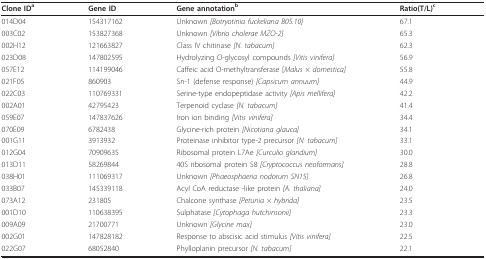
<table><thead><tr><td><b>Clone ID<sup>a</sup></b></td><td><b>Gene ID</b></td><td><b>Gene annotation<sup>b</sup></b></td><td><b>Ratio(T/L)<sup>c</sup></b></td></tr></thead><tbody><tr><td>014D04</td><td>154317162</td><td>Unknown <i>[Botryotinia fuckeliana B05.10]</i></td><td>67.1</td></tr><tr><td>003C02</td><td>153827368</td><td>Unknown <i>[Vibrio cholerae MZO-2]</i></td><td>65.3</td></tr><tr><td>002H12</td><td>121663827</td><td>Class IV chitinase <i>[N. tabacum]</i></td><td>62.3</td></tr><tr><td>023D08</td><td>147802595</td><td>Hydrolyzing O-glycosyl compounds <i>[Vitis vinifera]</i></td><td>56.9</td></tr><tr><td>057E12</td><td>114199046</td><td>Caffeic acid O-methyltransferase [<i>Malus × domestica]</i></td><td>55.8</td></tr><tr><td>021F05</td><td>860903</td><td>Sn-1 (defense response) <i>[Capsicum annuum]</i></td><td>44.9</td></tr><tr><td>022C03</td><td>110769331</td><td>Serine-type endopeptidase activity <i>[Apis mellifera]</i></td><td>42.2</td></tr><tr><td>002A01</td><td>42795423</td><td>Terpenoid cyclase <i>[N. tabacum]</i></td><td>41.4</td></tr><tr><td>059E07</td><td>147837626</td><td>Iron ion binding <i>[Vitis vinifera]</i></td><td>34.4</td></tr><tr><td>070E09</td><td>6782438</td><td>Glycine-rich protein <i>[Nicotiana glauca]</i></td><td>34.1</td></tr><tr><td>001G11</td><td>3913932</td><td>Proteinase inhibitor type-2 precursor <i>[N. tabacum]</i></td><td>33.1</td></tr><tr><td>012G04</td><td>70909635</td><td>Ribosomal protein L7Ae <i>[Curculio glandium]</i></td><td>30.0</td></tr><tr><td>013D11</td><td>58269844</td><td>40S ribosomal protein S8 <i>[Cryptococcus neoformans]</i></td><td>28.8</td></tr><tr><td>038H01</td><td>111069317</td><td>Unknown <i>[Phaeosphaeria nodorum SN15]</i></td><td>26.8</td></tr><tr><td>033B07</td><td>145339118</td><td>Acyl CoA reductase -like protein <i>[A. thaliana]</i></td><td>24.0</td></tr><tr><td>073A12</td><td>231805</td><td>Chalcone synthase <i>[Petunia × hybrida]</i></td><td>23.5</td></tr><tr><td>001D10</td><td>110638395</td><td>Sulphatase <i>[Cytophaga hutchinsonii]</i></td><td>23.3</td></tr><tr><td>009A09</td><td>21700771</td><td>Unknown <i>[Glycine max]</i></td><td>23.0</td></tr><tr><td>002G01</td><td>147828182</td><td>Response to abscisic acid stimulus <i>[Vitis vinifera]</i></td><td>22.5</td></tr><tr><td>022G07</td><td>68052840</td><td>Phylloplanin precursor <i>[N. tabacum]</i></td><td>22.1</td></tr></tbody></table>